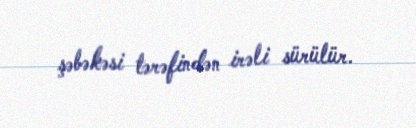
şəbəkəsi tərəfindən irəli sürülür.